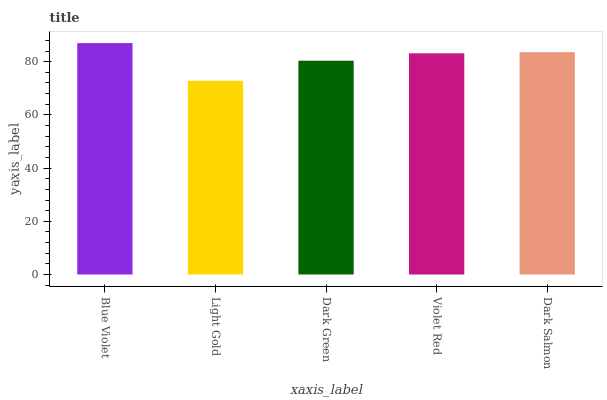
| xaxis_label | bars |
 | --- | --- |
 | Blue Violet | 87 |
 | Light Gold | 72.8 |
 | Dark Green | 80.4 |
 | Violet Red | 83.2 |
 | Dark Salmon | 83.6 |